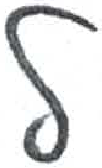
אות: ל